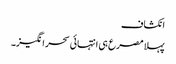
انکشاف
پہلا مصرع ہی انتہائی سحر انگیز۔